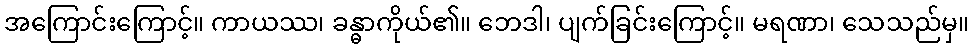
အကြောင်းကြောင့်။ ကာယဿ၊ ခန္ဓာကိုယ်၏။ ဘေဒါ၊ ပျက်ခြင်းကြောင့်။ မရဏာ၊ သေသည်မှ။